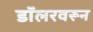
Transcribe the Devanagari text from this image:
डॉलरवरून